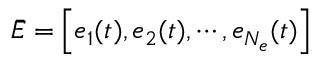
\bar { E } = \left[ e _ { 1 } ( t ) , e _ { 2 } ( t ) , \cdots , e _ { N _ { e } } ( t ) \right]